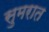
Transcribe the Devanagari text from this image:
सुमरात